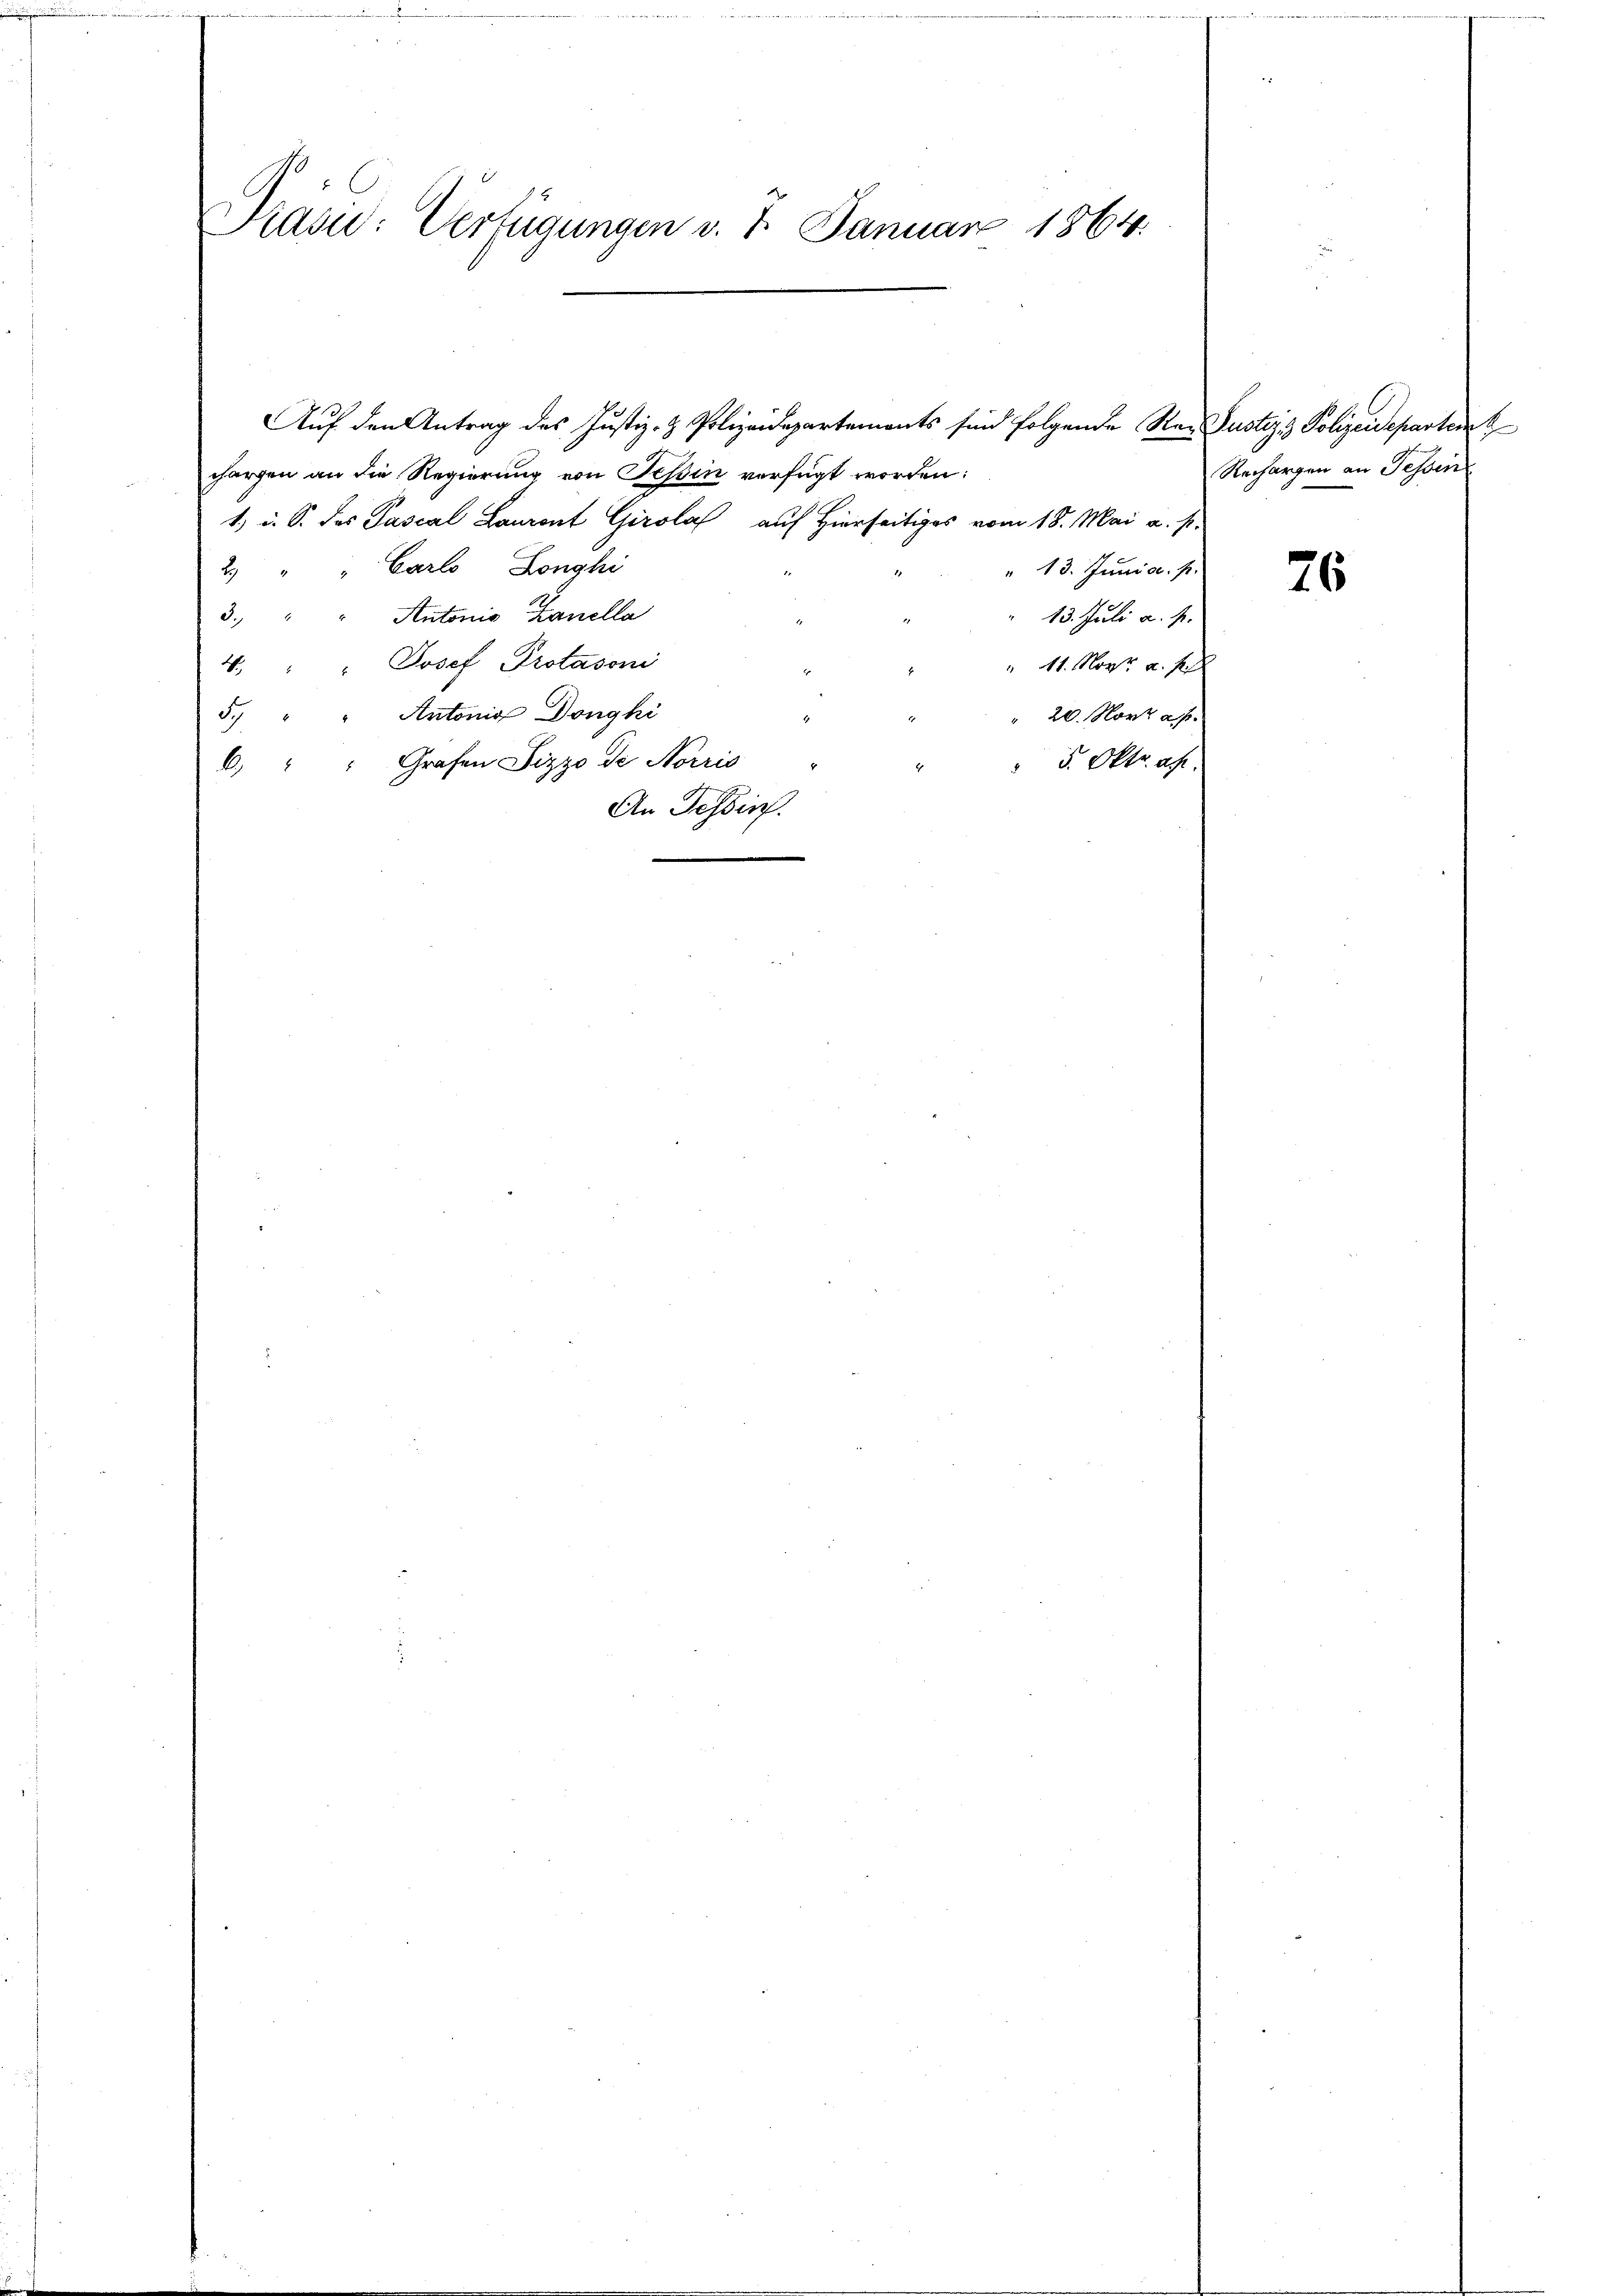
e

Präsid: Verfügungen v. 7. Januar 1864.

chargen an die Regierung von Tessin verfügt worden:
1) u. S. des Pascal Lauront Girola auf Hierseitiges vom 18. Mai a. p.
Carlo Longhi
2
Autonio Zanella
3.)
Josef Protasoni
4
Antonia Donghi
S
Grafen Pizzo de Norris
 5. Oktr. ab.
6
An Tessin.

Auf den Antrag des Justiz- & Polizeidepartements sind folgende Rei Justiz & Polizeidepartem

" 13. Junia. p.
13. Juli a. p.
" 11. Nov. a. f
20. März a. p.

Rechargen an Fessen

76